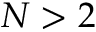
N > 2